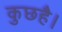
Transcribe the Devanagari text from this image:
कुछहै।